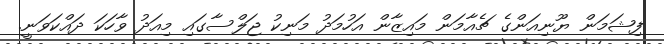
ފިޝަމަން ޔޫނިއަންގެ ޗެއާމަން މައިޒާން އަހުމަދު މަނިކު ޖަލްސާގައި މިއަދު ވާހަކަ ދައްކަވަނީ.